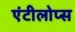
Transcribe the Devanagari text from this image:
एंटीलोप्स